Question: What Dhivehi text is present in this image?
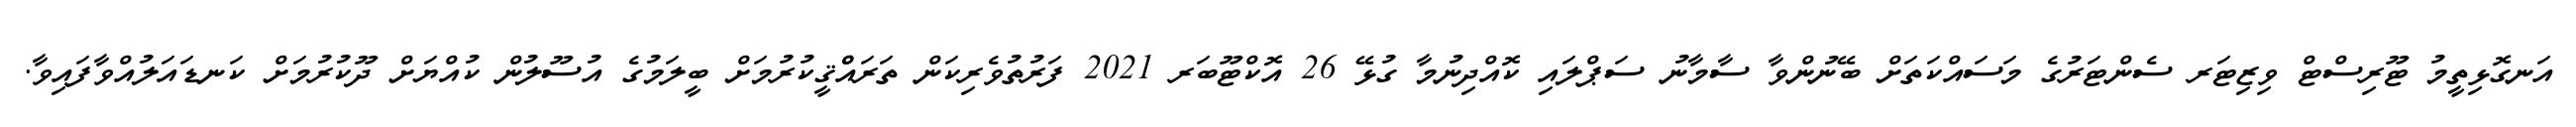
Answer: އަނގޮޅިތީމު ޓޫރިސްޓް ވިޒިޓަރ ސެންޓަރުގެ މަސައްކަތަށް ބޭނުންވާ ސާމާނު ސަޕްލައި ކޮއްދިނުމާ ގުޅޭ 26 އޮކްޓޫބަރ 2021 ފަރުތުވެރިކަން ތަރައްްޤީކުރުމަށް ބީލަމުގެ އުސޫލުން ކުއްޔަށް ދޫކުރުމަށް ކަނޑައަލުއްވާފައިވާ.